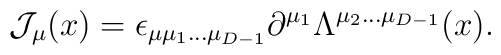
{\cal J}_\mu(x)= \epsilon_{\mu \mu_1 ... \mu_{D-1}}\partial^{\mu_1}\Lambda^{\mu_2 ... \mu_{D-1}}(x).